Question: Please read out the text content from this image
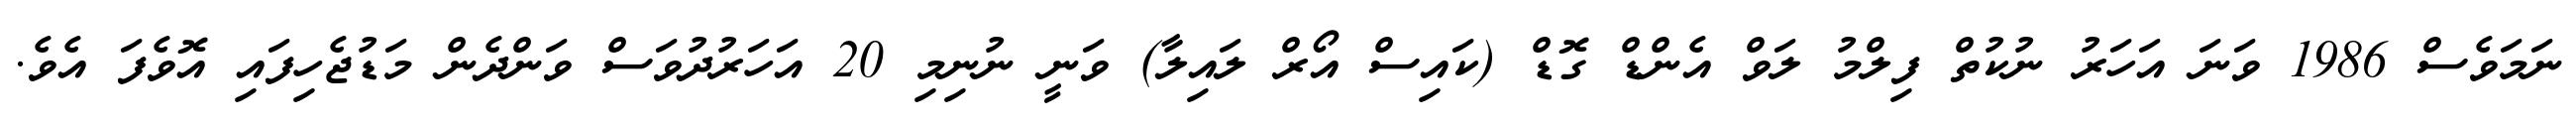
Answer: ނަމަވެސް 1986 ވަނަ އަހަރު ނުކުތް ފިލްމު ލަވް އެންޑް ގޮޑް (ކައިސް އޯރް ލައިލާ) ވަނީ ނުނިމި 20 އަހަރުދުވަސް ވަންދެން މަޑުޖެހިފައި އޮވެފަ އެވެ.